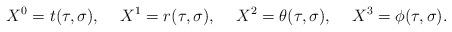
LaTeX: \begin{align*}X^{0} = t(\tau,\sigma), \hspace{0.5cm} X^{1} = r(\tau,\sigma),\hspace{0.5cm} X^{2} = \theta(\tau,\sigma),\hspace{0.5cm} X^{3} = \phi(\tau,\sigma) .\end{align*}